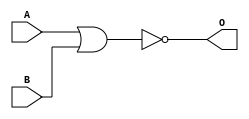
`timescale 1ns / 1ps
//////////////////////////////////////////////////////////////////////////////////
// Company: 
// Engineer: 
// 
// Design Name: 
// Module Name: norGate
// Project Name: 
// Target Devices: 
// Tool Versions: 
// Description: 
// 
// Dependencies: 
// 
// Revision:
// Revision 0.01 - File Created
// Additional Comments:
// 
//////////////////////////////////////////////////////////////////////////////////


module norGate(
    input wire A,
    input wire B,
    output wire O
    );
    
    assign O = ~(A | B) ;
    
    
endmodule